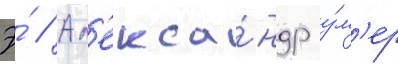
Э́ // Ал'екса́ндр у́м'ер